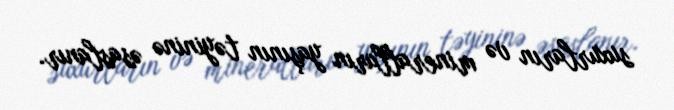
suxurların və mineralların yaşının təyininə əsaslanır.